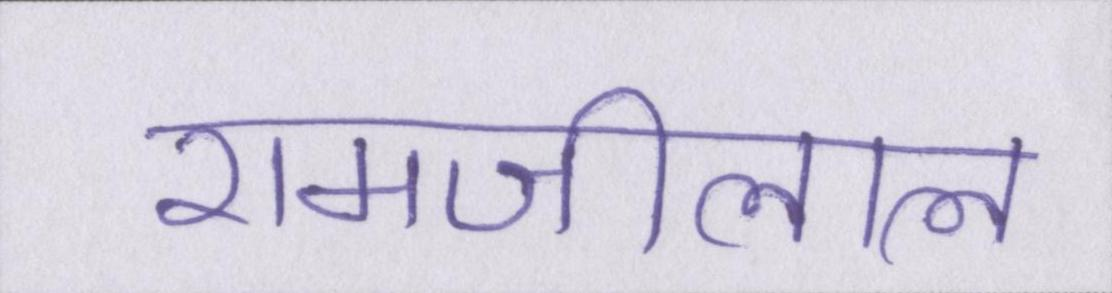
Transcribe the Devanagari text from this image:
रामजीलाल